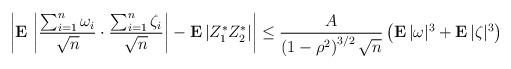
LaTeX: \begin{align*}\left| {\bf E\,}\left| \frac{\sum_{i=1}^{n}\omega _{i}}{\sqrt{n}}\cdot \frac{\sum_{i=1}^{n}\zeta _{i}}{\sqrt{n}}\right| -{\bf E\,}|Z_{1}^{*}Z_{2}^{*}|\right| \leq \frac{A}{\left( 1-\rho ^{2}\right) ^{3/2}\sqrt{n}}\left( {\bf E\,}|\omega |^{3}+{\bf E\,}|\zeta |^{3}\right) \end{align*}